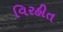
વિરહીત